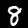
Digit: 8